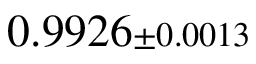
0 . 9 9 2 6 { \scriptstyle \pm 0 . 0 0 1 3 }